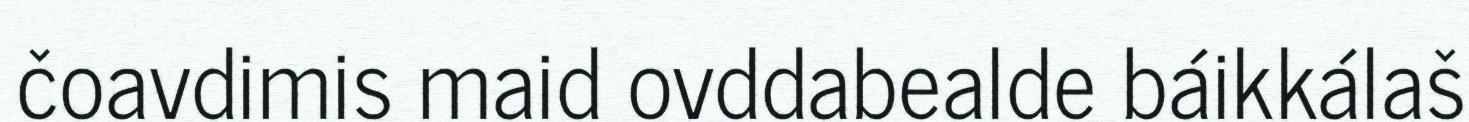
čoavdimis maid ovddabealde báikkálaš